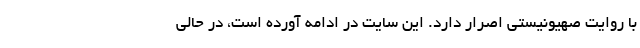
با روایت صهیونیستی اصرار دارد. این سایت در ادامه آورده است، در حالی